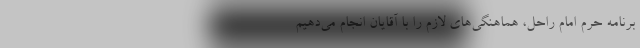
برنامه حرم امام راحل، هماهنگی‌های لازم را با آقایان انجام می‌دهیم